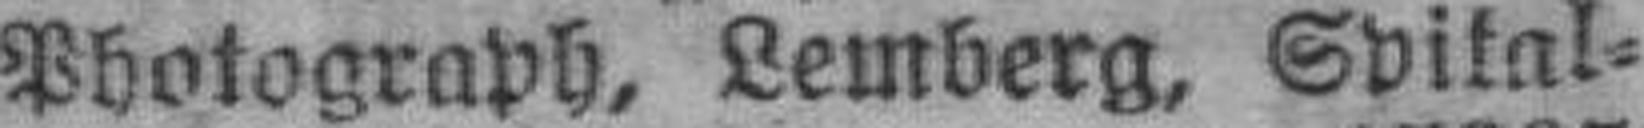
Photograph, Lemberg, Spilal¬